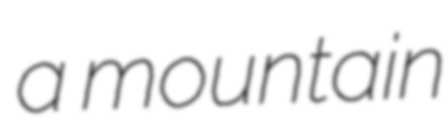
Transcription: a mountain